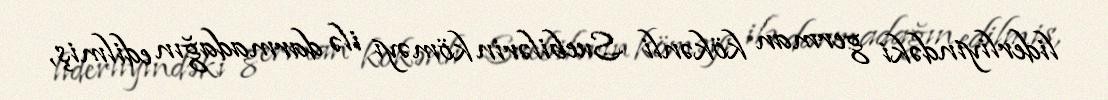
liderliyindəki german kökənli Suebilərin köməyi ilə darmadağın edilmiş,